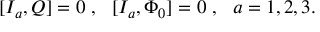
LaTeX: [ I _ { a } , Q ] = 0 \ , \ \ [ I _ { a } , \Phi _ { 0 } ] = 0 \ , \ \ a = 1 , 2 , 3 .